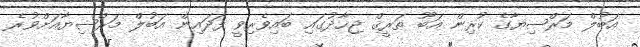
އަބުލް މަރްޟިޔާގެ ކުރިން އަބޫ ޠަރީޤް ޖިހާދުގައި ބައިވެރިވީ ފަދައިން އަބުލް މަރްޟިޔާއަށްވުރެ